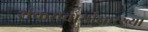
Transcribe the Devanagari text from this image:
शंकराचार्यांसारख्या